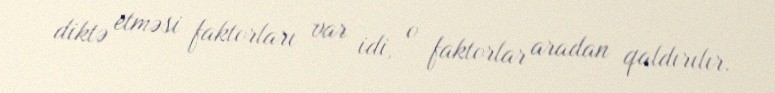
diktə etməsi faktorları var idi, o faktorlar aradan qaldırılır.